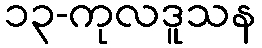
၁၃-ကုလဒူသန